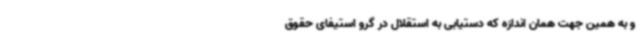
و به همین جهت همان اندازه که دستیابی به استقلال در گرو استیفای حقوق